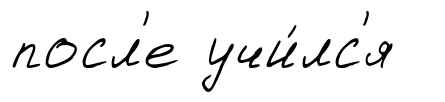
посл'е учи́лс'я